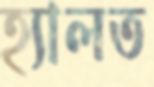
হ্যালত